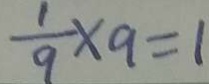
\frac { 1 } { 9 } \times 9 = 1